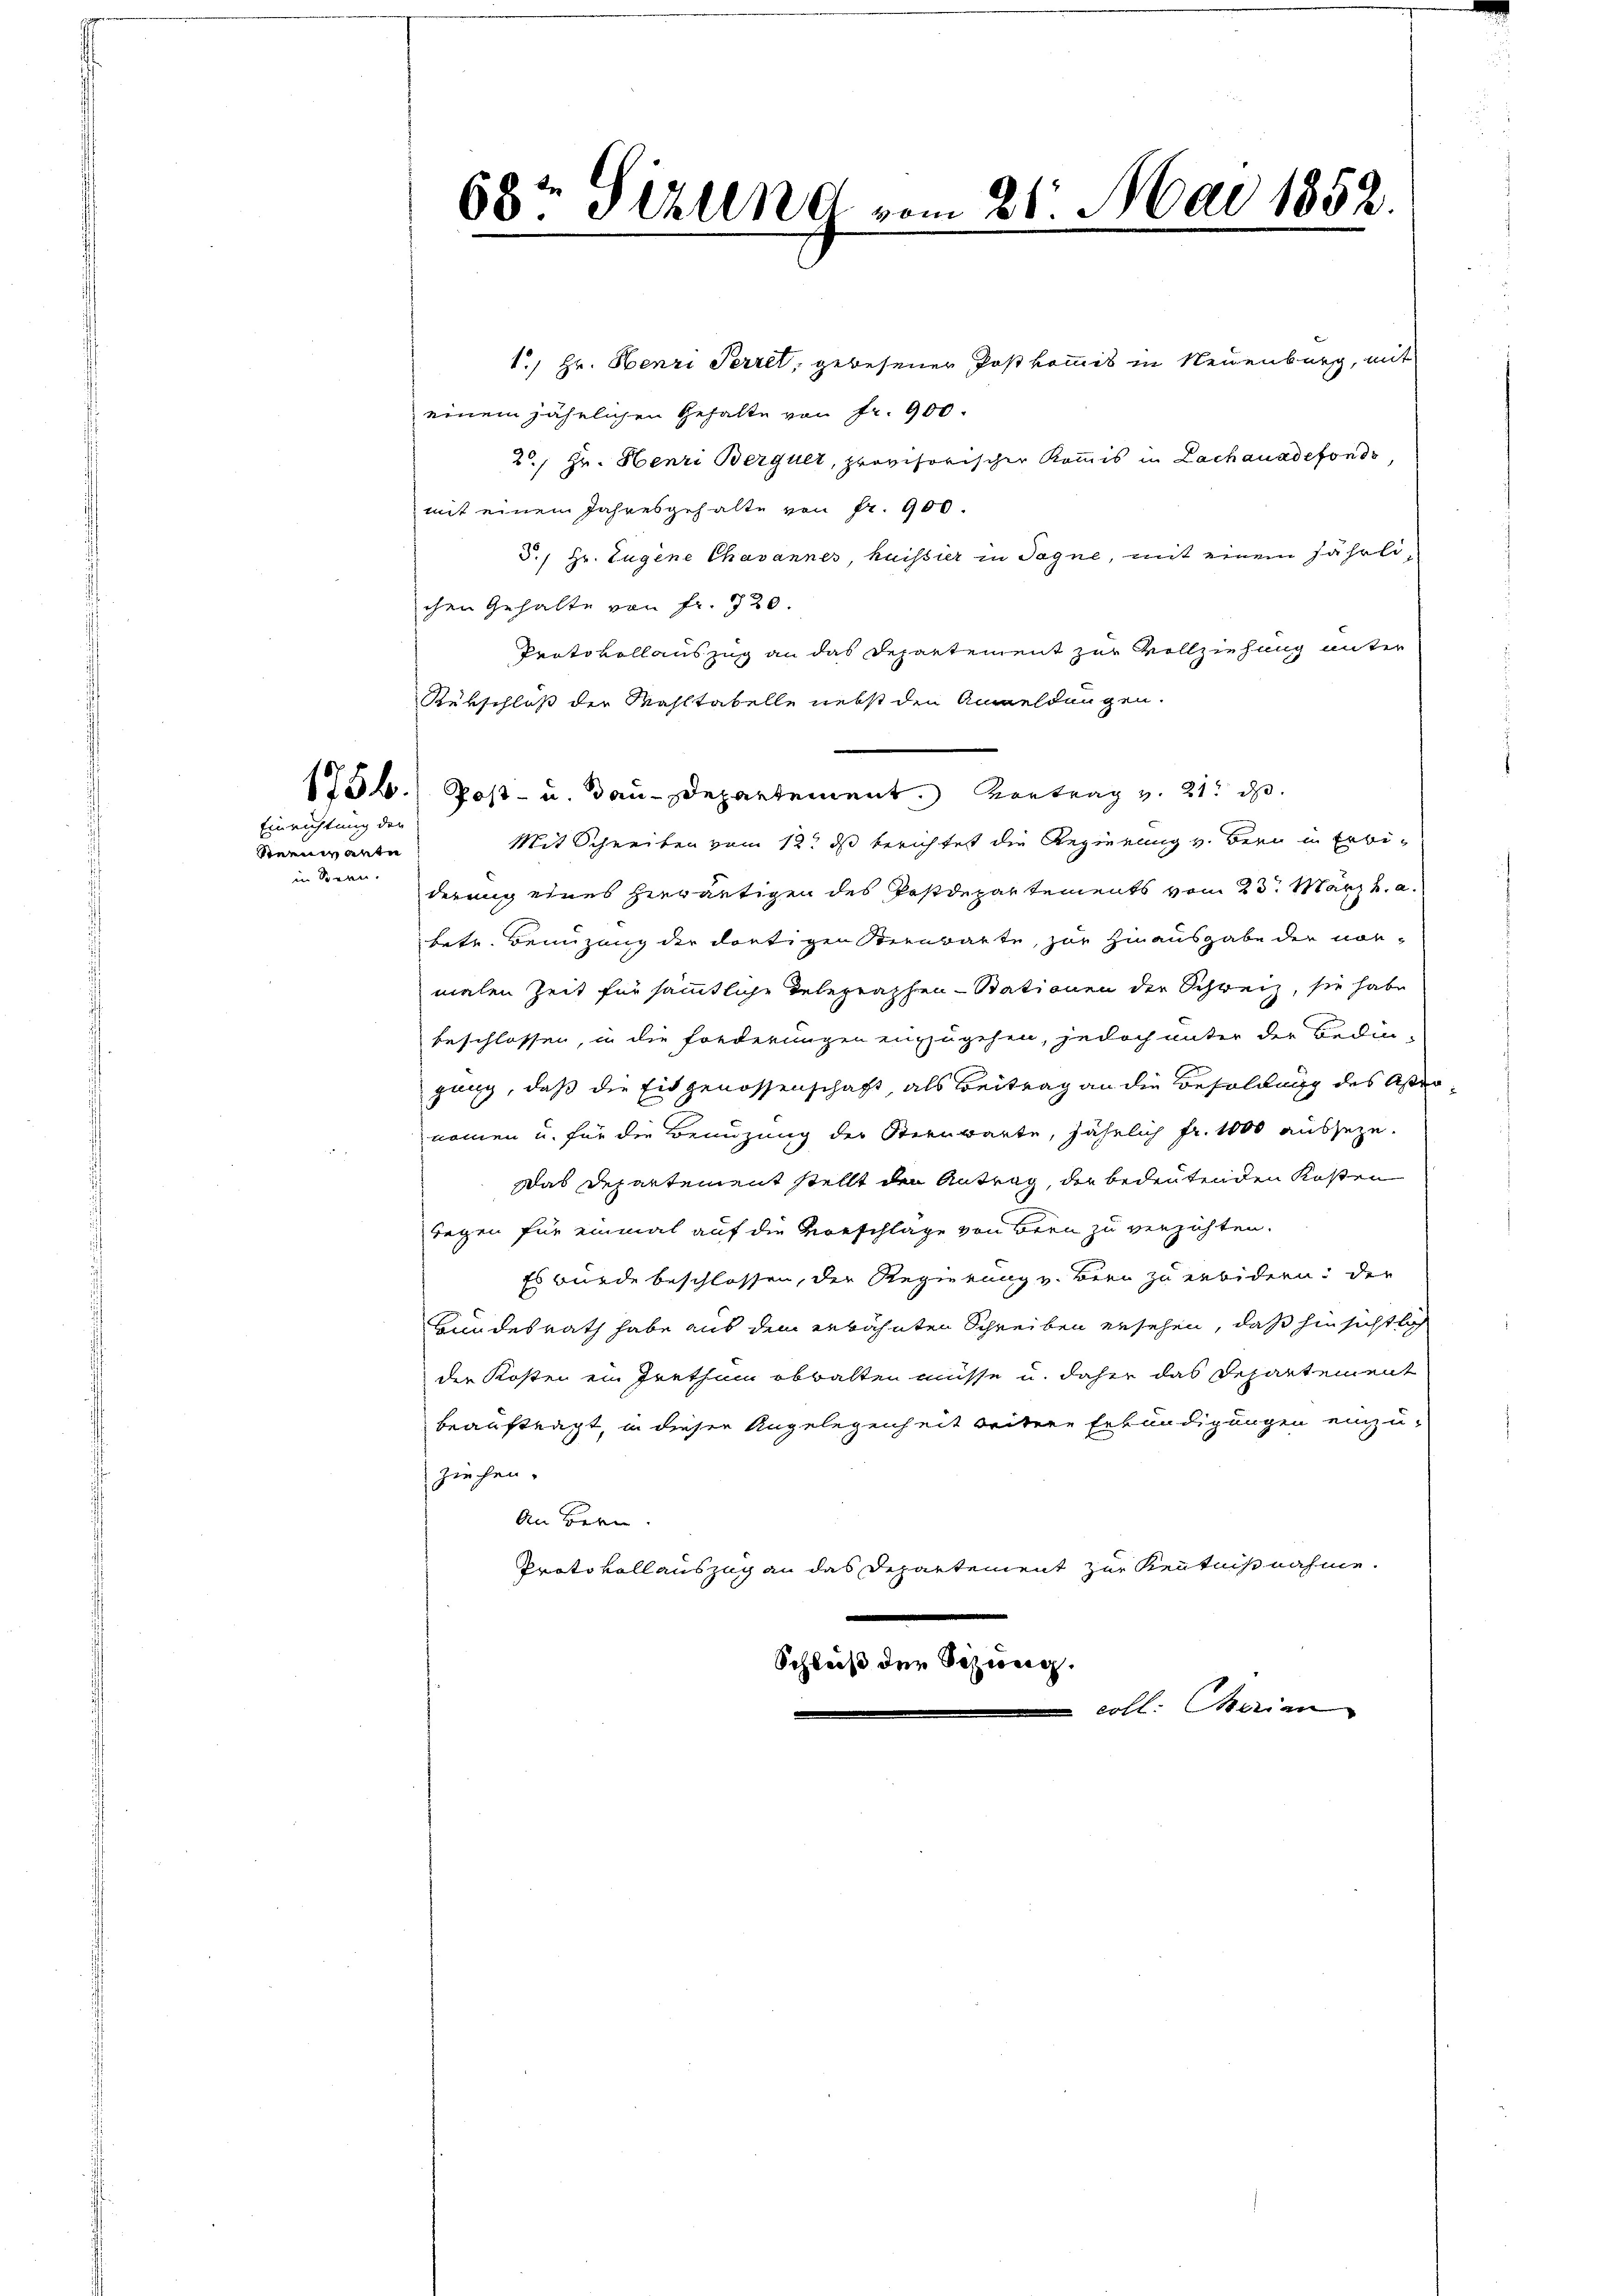
Einrichtung der
Steenwarte
in Sonnen.

1., Hr. Henri Perret, gewesener Postkommis in Neuenburg, mit
einem jährlichen Gehalte von fr. 900.
2., Hr. Henri Berquer, provisorischer Kommis in Lachauadefonds,
mit einem Jahresgehalte von fr. 900.
5.) Hr. Eugene Chavannes, heissier in Sagne, mit einem jährlichen Gehalte von fr. 720.
Protokollauszug an das Departement zur Vollziehung unter
Rübschluß der Wahltabelle nebst den Anmeldungen.

1756. Post- u. Bau-Departement. Vortrag v. 21. d
Mit Schreiben vom 12t ds berichtet die Regierung v. Bern in Erbiderung eines herwärtigen des Postdepartements vom 23. März h. a.
betr. Beinzung der dortigen Steinbarte, zur Hinausgabe der normalen Zeit für sämmtliche Telegraphen-Bationen der Schweiz, sie habe
beschlossen, in die Forderungen einzugehen, jedoch unter der Bedin-
gung, daß die Eidgenossenschaft, als Beitrag an die Besoldung des Aster
nommen u. für die Benuzung der Sternwarte, jährlich fr. 1000 ausseze.
Das Departement stellt den Antrag, der bedeutenden Kosten
regen für einmal auf die Verrschlage von Bern zu verzichten.
Es wurde beschlossen, der Regierung v. Bern zu erbidern: der
Hundesrath habe aus dem erwähnten Schreiben ersehen, daß hinsichtlich
der Kostei ein Irethum obwalten müsse u. daher das Departement
beauftragt, in dieser Angelegenheit beitere Erkundigungen einzu-
ziehen.
An Bern.
Protokollauszug an das Departement zur Kenntnißnahme.
Schleiß der Schweig.
coll. Marien

68te Sittend vom 21. Mai 1852.
.